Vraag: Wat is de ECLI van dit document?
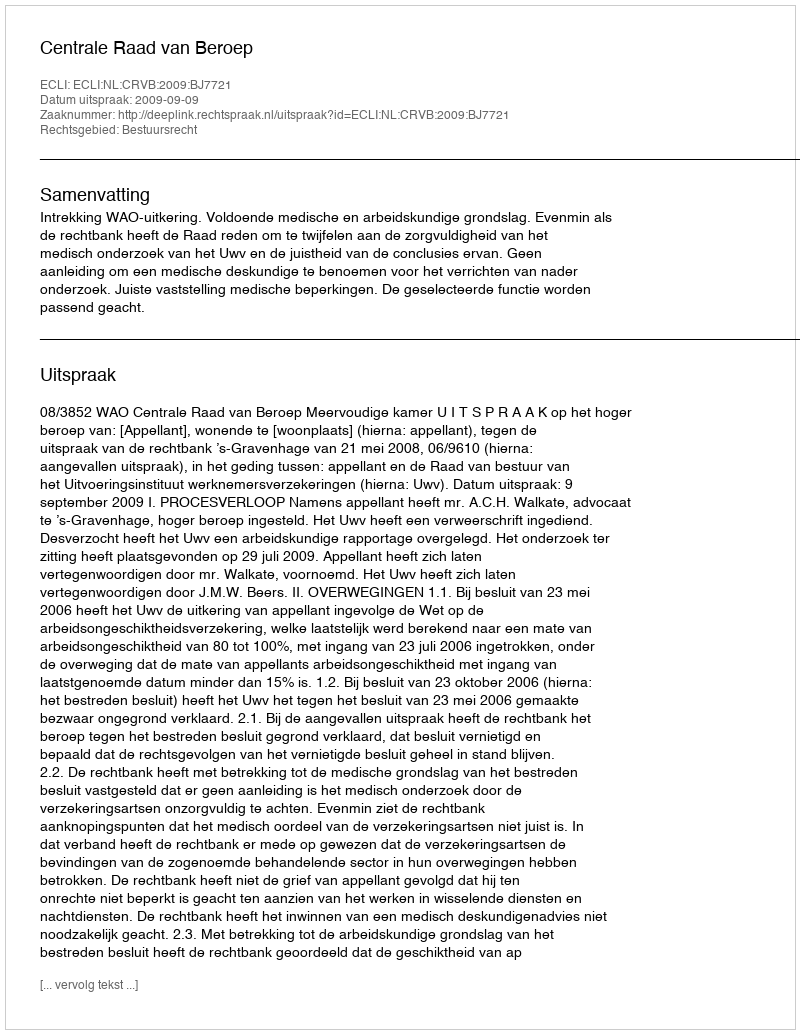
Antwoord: ECLI:NL:CRVB:2009:BJ7721